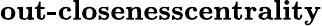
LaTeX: \textbf{out-closenesscentrality}